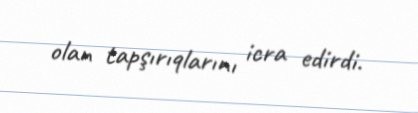
olan tapşırıqlarını icra edirdi.